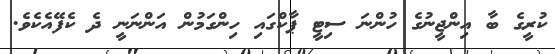
ކުރީގެ ބާ އިންޖީނުގެ ހުންނަ ސިޓީ ޕާކްގައި ހިންގަމުން އަންނަނީ ދެ ކެފޭއެކެވެ.